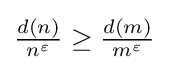
{\textstyle {\frac {d(n)}{n^{\varepsilon }}}\geq {\frac {d(m)}{m^{\varepsilon }}}}